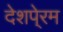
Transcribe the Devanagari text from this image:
देशपे्रम